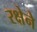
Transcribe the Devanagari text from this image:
रक्षेने